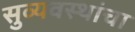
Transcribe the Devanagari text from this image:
सुव्यवस्थांचा